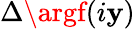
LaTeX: \Delta\argf(i\mathbf{y})